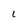
Character: l